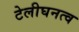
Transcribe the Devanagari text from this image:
टेलीघनत्व